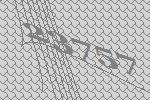
23757